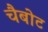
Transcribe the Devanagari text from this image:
चैबोट